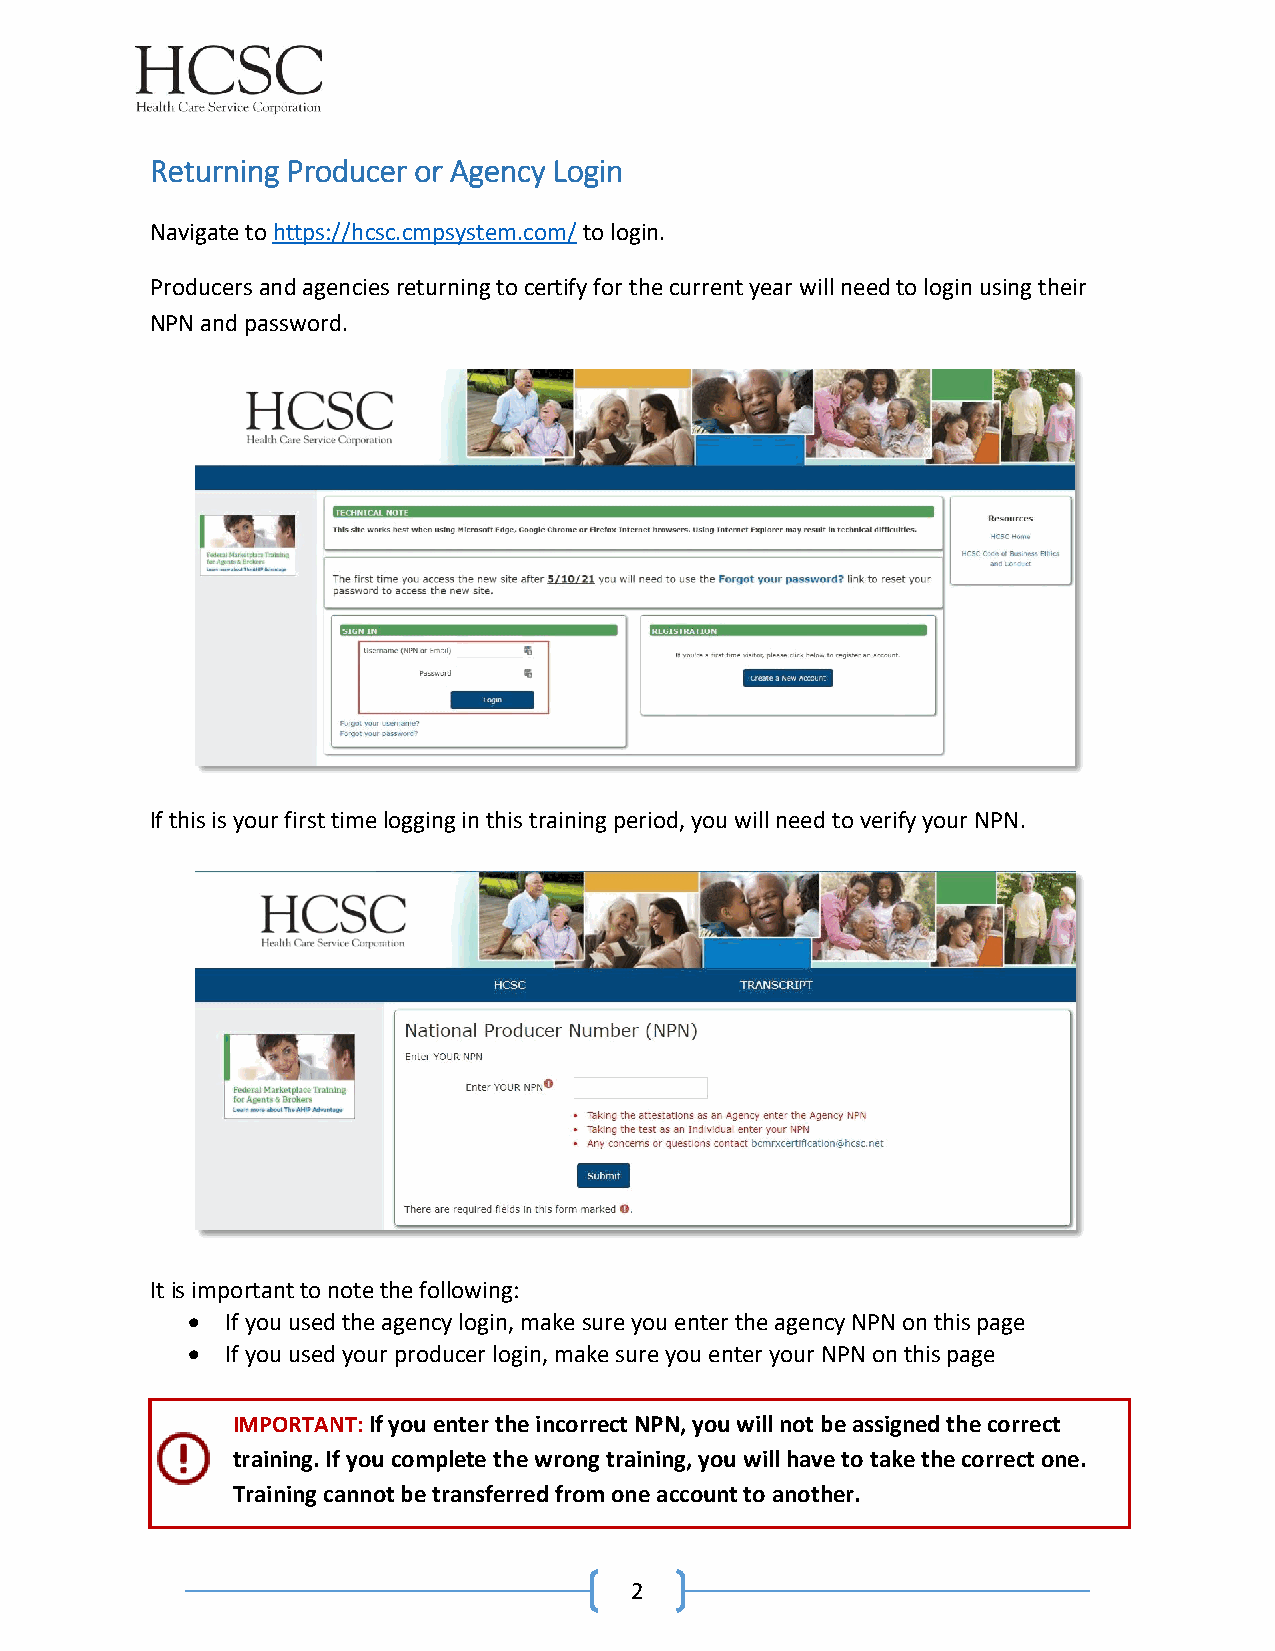
Returning Producer or Agency Login
 Navigate to https://hcsc.cmpsystem.com/ to login.
 Producers and agencies returning to certify for the current year will need to login using their
 NPN and password.
 If this is your first time logging in this training period, you will need to verify your NPN.
 It is important to note the following:
   If you used the agency login, make sure you enter the agency NPN on this page
   If you used your producer login, make sure you enter your NPN on this page
 IMPORTANT: If you enter the incorrect NPN, you will not be assigned the correct
 training. If you complete the wrong training, you will have to take the correct one.
 Training cannot be transferred from one account to another.
 2